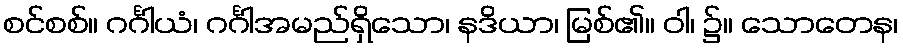
စင်စစ်။ ဂင်္ဂါယံ၊ ဂင်္ဂါအမည်ရှိသော၊ နဒိယာ၊ မြစ်၏။ ဝါ၊ ၌။ သောတေန၊